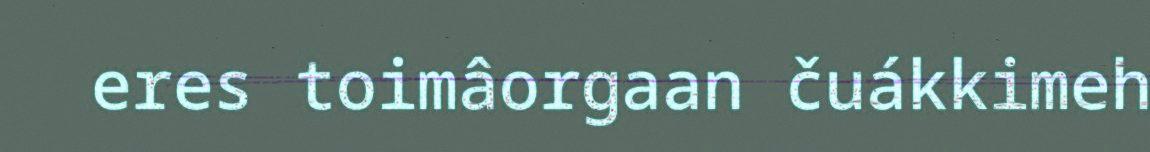
eres toimâorgaan čuákkimeh